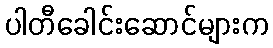
ပါတီခေါင်းဆောင်များက